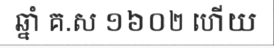
ឆ្នាំ គ.ស ១៦០២ ហើយ